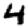
Digit: 4